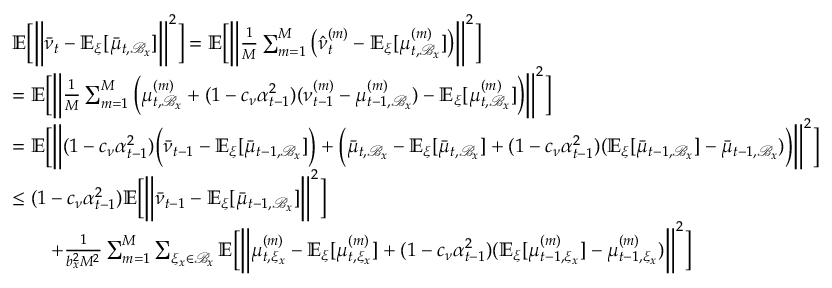
\begin{array} { r l } & { \mathbb { E } \bigg [ \bigg \| \bar { \nu } _ { t } - \mathbb { E } _ { \xi } [ \bar { \mu } _ { t , \mathcal { B } _ { x } } ] \bigg \| ^ { 2 } \bigg ] = \mathbb { E } \bigg [ \bigg \| \frac { 1 } { M } \sum _ { m = 1 } ^ { M } \big ( \hat { \nu } _ { t } ^ { ( m ) } - \mathbb { E } _ { \xi } [ \mu _ { t , \mathcal { B } _ { x } } ^ { ( m ) } ] \big ) \bigg \| ^ { 2 } \bigg ] } \\ & { = \mathbb { E } \bigg [ \bigg \| \frac { 1 } { M } \sum _ { m = 1 } ^ { M } \bigg ( \mu _ { t , \mathcal { B } _ { x } } ^ { ( m ) } + ( 1 - c _ { \nu } \alpha _ { t - 1 } ^ { 2 } ) ( \nu _ { t - 1 } ^ { ( m ) } - \mu _ { t - 1 , \mathcal { B } _ { x } } ^ { ( m ) } ) - \mathbb { E } _ { \xi } [ \mu _ { t , \mathcal { B } _ { x } } ^ { ( m ) } ] \bigg ) \bigg \| ^ { 2 } \bigg ] } \\ & { = \mathbb { E } \bigg [ \bigg \| ( 1 - c _ { \nu } \alpha _ { t - 1 } ^ { 2 } ) \bigg ( \bar { \nu } _ { t - 1 } - \mathbb { E } _ { \xi } [ \bar { \mu } _ { t - 1 , \mathcal { B } _ { x } } ] \bigg ) + \bigg ( \bar { \mu } _ { t , \mathcal { B } _ { x } } - \mathbb { E } _ { \xi } [ \bar { \mu } _ { t , \mathcal { B } _ { x } } ] + ( 1 - c _ { \nu } \alpha _ { t - 1 } ^ { 2 } ) ( \mathbb { E } _ { \xi } [ \bar { \mu } _ { t - 1 , \mathcal { B } _ { x } } ] - \bar { \mu } _ { t - 1 , \mathcal { B } _ { x } } ) \bigg ) \bigg \| ^ { 2 } \bigg ] } \\ & { \leq ( 1 - c _ { \nu } \alpha _ { t - 1 } ^ { 2 } ) \mathbb { E } \bigg [ \bigg \| \bar { \nu } _ { t - 1 } - \mathbb { E } _ { \xi } [ \bar { \mu } _ { t - 1 , \mathcal { B } _ { x } } ] \bigg \| ^ { 2 } \bigg ] } \\ & { \qquad + \frac { 1 } { b _ { x } ^ { 2 } M ^ { 2 } } \sum _ { m = 1 } ^ { M } \sum _ { \xi _ { x } \in \mathcal { B } _ { x } } \mathbb { E } \bigg [ \bigg \| \mu _ { t , \xi _ { x } } ^ { ( m ) } - \mathbb { E } _ { \xi } [ \mu _ { t , \xi _ { x } } ^ { ( m ) } ] + ( 1 - c _ { \nu } \alpha _ { t - 1 } ^ { 2 } ) ( \mathbb { E } _ { \xi } [ \mu _ { t - 1 , \xi _ { x } } ^ { ( m ) } ] - \mu _ { t - 1 , \xi _ { x } } ^ { ( m ) } ) \bigg \| ^ { 2 } \bigg ] } \end{array}